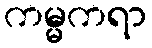
ကမ္မကရာ